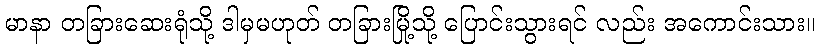
မာနာ တခြားဆေးရုံသို့ ဒါမှမဟုတ် တခြားမြို့သို့ ပြောင်းသွားရင် လည်း အကောင်းသား။